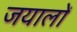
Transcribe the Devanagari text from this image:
जयालों